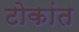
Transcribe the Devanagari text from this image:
टोकांत